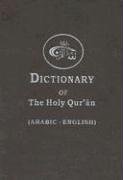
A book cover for Dictionary of the Holy Quran (English and Arabic Edition); Abdul Mannan Omar; Religion & Spirituality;